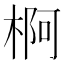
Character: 𱣲